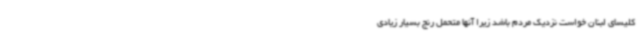
کلیسای لبنان خواست نزدیک مردم باشد زیرا آنها متحمل رنج بسیار زیادی